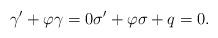
LaTeX: \begin{align*} \gamma' + \varphi \gamma = 0 \sigma' + \varphi \sigma +q = 0.\end{align*}